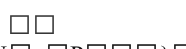
٤٦